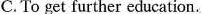
C. To get further education.